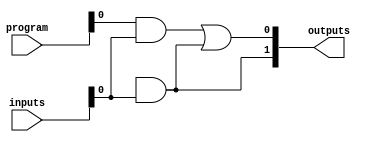
module PAL (
    input wire [N-1:0] inputs,  // N input lines
    input wire [M-1:0] program,  // M programmable connections for AND gates
    output wire [P-1:0] outputs  // P output lines
);

// Parameters
parameter N = 4; // Number of inputs
parameter M = 4; // Number of AND gates
parameter P = 2; // Number of outputs

// Internal signals for AND gate outputs
wire [M-1:0] and_out;

// Programmable AND array
genvar i, j;
generate
    for (i = 0; i < M; i = i + 1) begin : and_array
        assign and_out[i] = program[i * N +: N] & inputs; // AND operation based on programming
    end
endgenerate

// Fixed OR array
assign outputs[0] = and_out[0] | and_out[1]; // Example OR logic for output 0
assign outputs[1] = and_out[2] | and_out[3]; // Example OR logic for output 1

endmodule